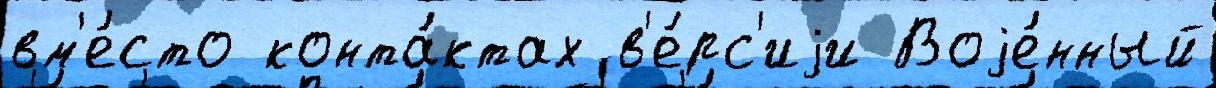
вм'е́сто конта́ктах в'е́рс'иjи Воjе́нный